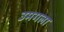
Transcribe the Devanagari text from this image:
उमगला